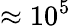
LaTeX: \approx 10^{5}